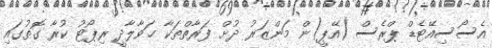
އެސޯސިއޭޓެޑް ޕްރެސް (އޭޕީ)ން މަންޒަރު ދުށް ފަރާތްތަކާ ޙަވާލާދީ ރިޕޯޓު ކުރާ ގޮތުގައި